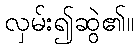
လှမ်း၍ဆွဲ၏။